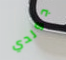
جولدي